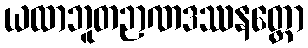
ယထာဘူတဉာဏဒဿနတ္ထော